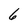
Character: 6